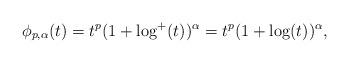
LaTeX: \begin{align*} {\phi}_{p,\alpha}(t)=t^{p}(1+\log^{+}(t))^{\alpha}=t^{p}(1+\log(t))^{\alpha},\end{align*}